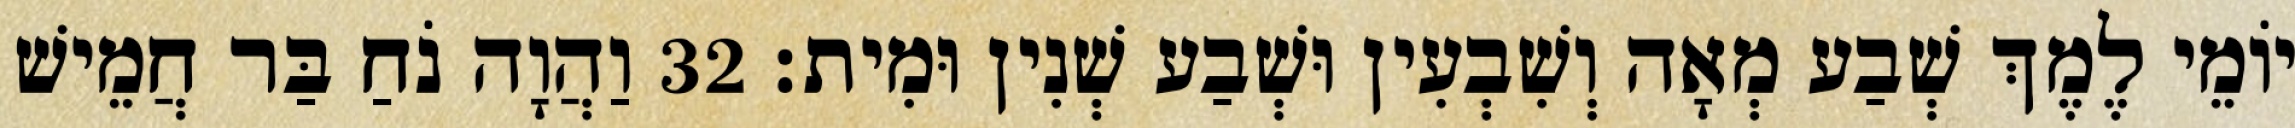
יוֹמֵי לֶמֶךְ שְׁבַע מְאָה וְשִׁבְעִין וּשְׁבַע שְׁנִין וּמִית׃ 32 וַהֲוָה נֹחַ בַּר חֲמֵישׁ